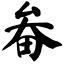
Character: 畚